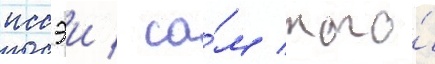
иссэи / са́м того́